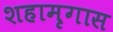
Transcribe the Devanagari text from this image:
शहामृगास